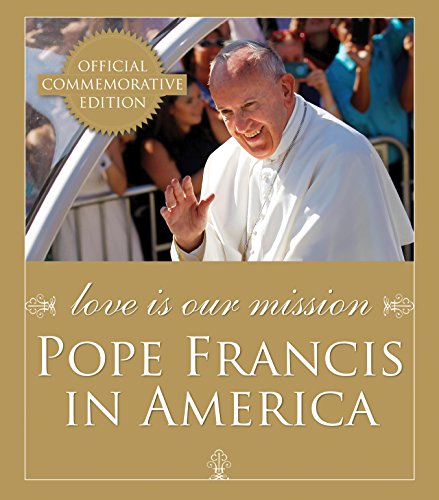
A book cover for Love Is Our Mission: Pope Francis in America; Catholic News Service; Arts & Photography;